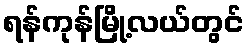
ရန်ကုန်မြို့လယ်တွင်